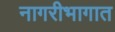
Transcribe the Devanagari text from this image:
नागरीभागात